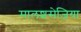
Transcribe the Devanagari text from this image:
मालशसेज़िया